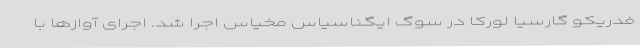
فدریکو گارسیا لورکا در سوگ ایگناسیاس مخیاس اجرا شد. اجرای آوازها با